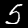
Digit: 5